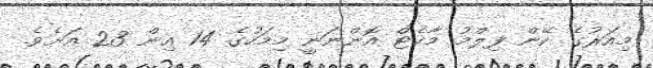
މިއަރުގެ ކޭން ފިލްމު މާކެޓް އޮންނަނީ މިމަހުގެ 14 އިން 23 އަށެވެ.